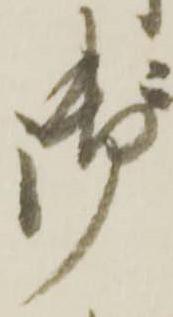
御